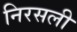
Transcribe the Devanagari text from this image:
निरसली